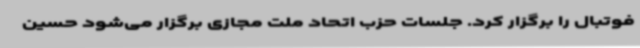
فوتبال را برگزار کرد. جلسات حزب اتحاد ملت مجازی برگزار می‌شود حسین